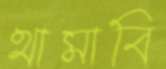
থামাবি